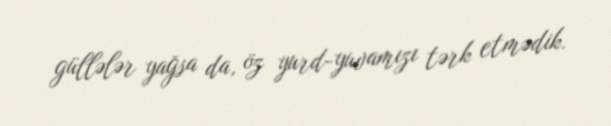
güllələr yağsa da, öz yurd-yuvamızı tərk etmədik.